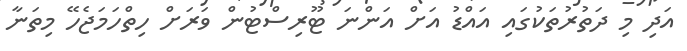
އަދި މި ދަތުރުތަކުގައި އައްޑު އަށް އަންނަ ޓޫރިސްޓުން ވަރަށް ހިތްހަމަޖެހޭ މިތަނާ